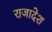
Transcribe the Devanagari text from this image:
राजादेश